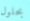
بحلول